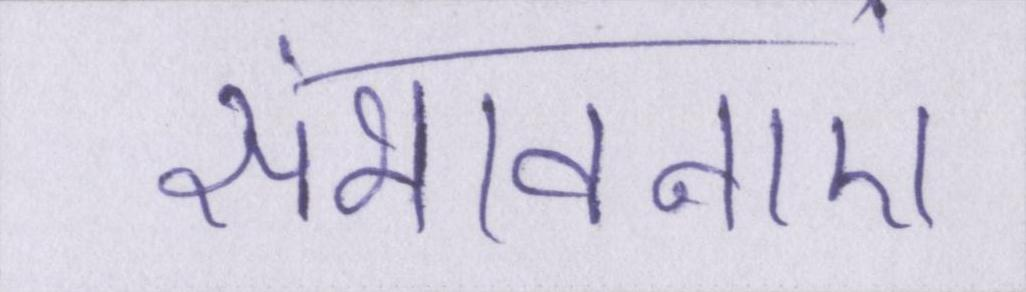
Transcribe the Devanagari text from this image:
संभावनाएं